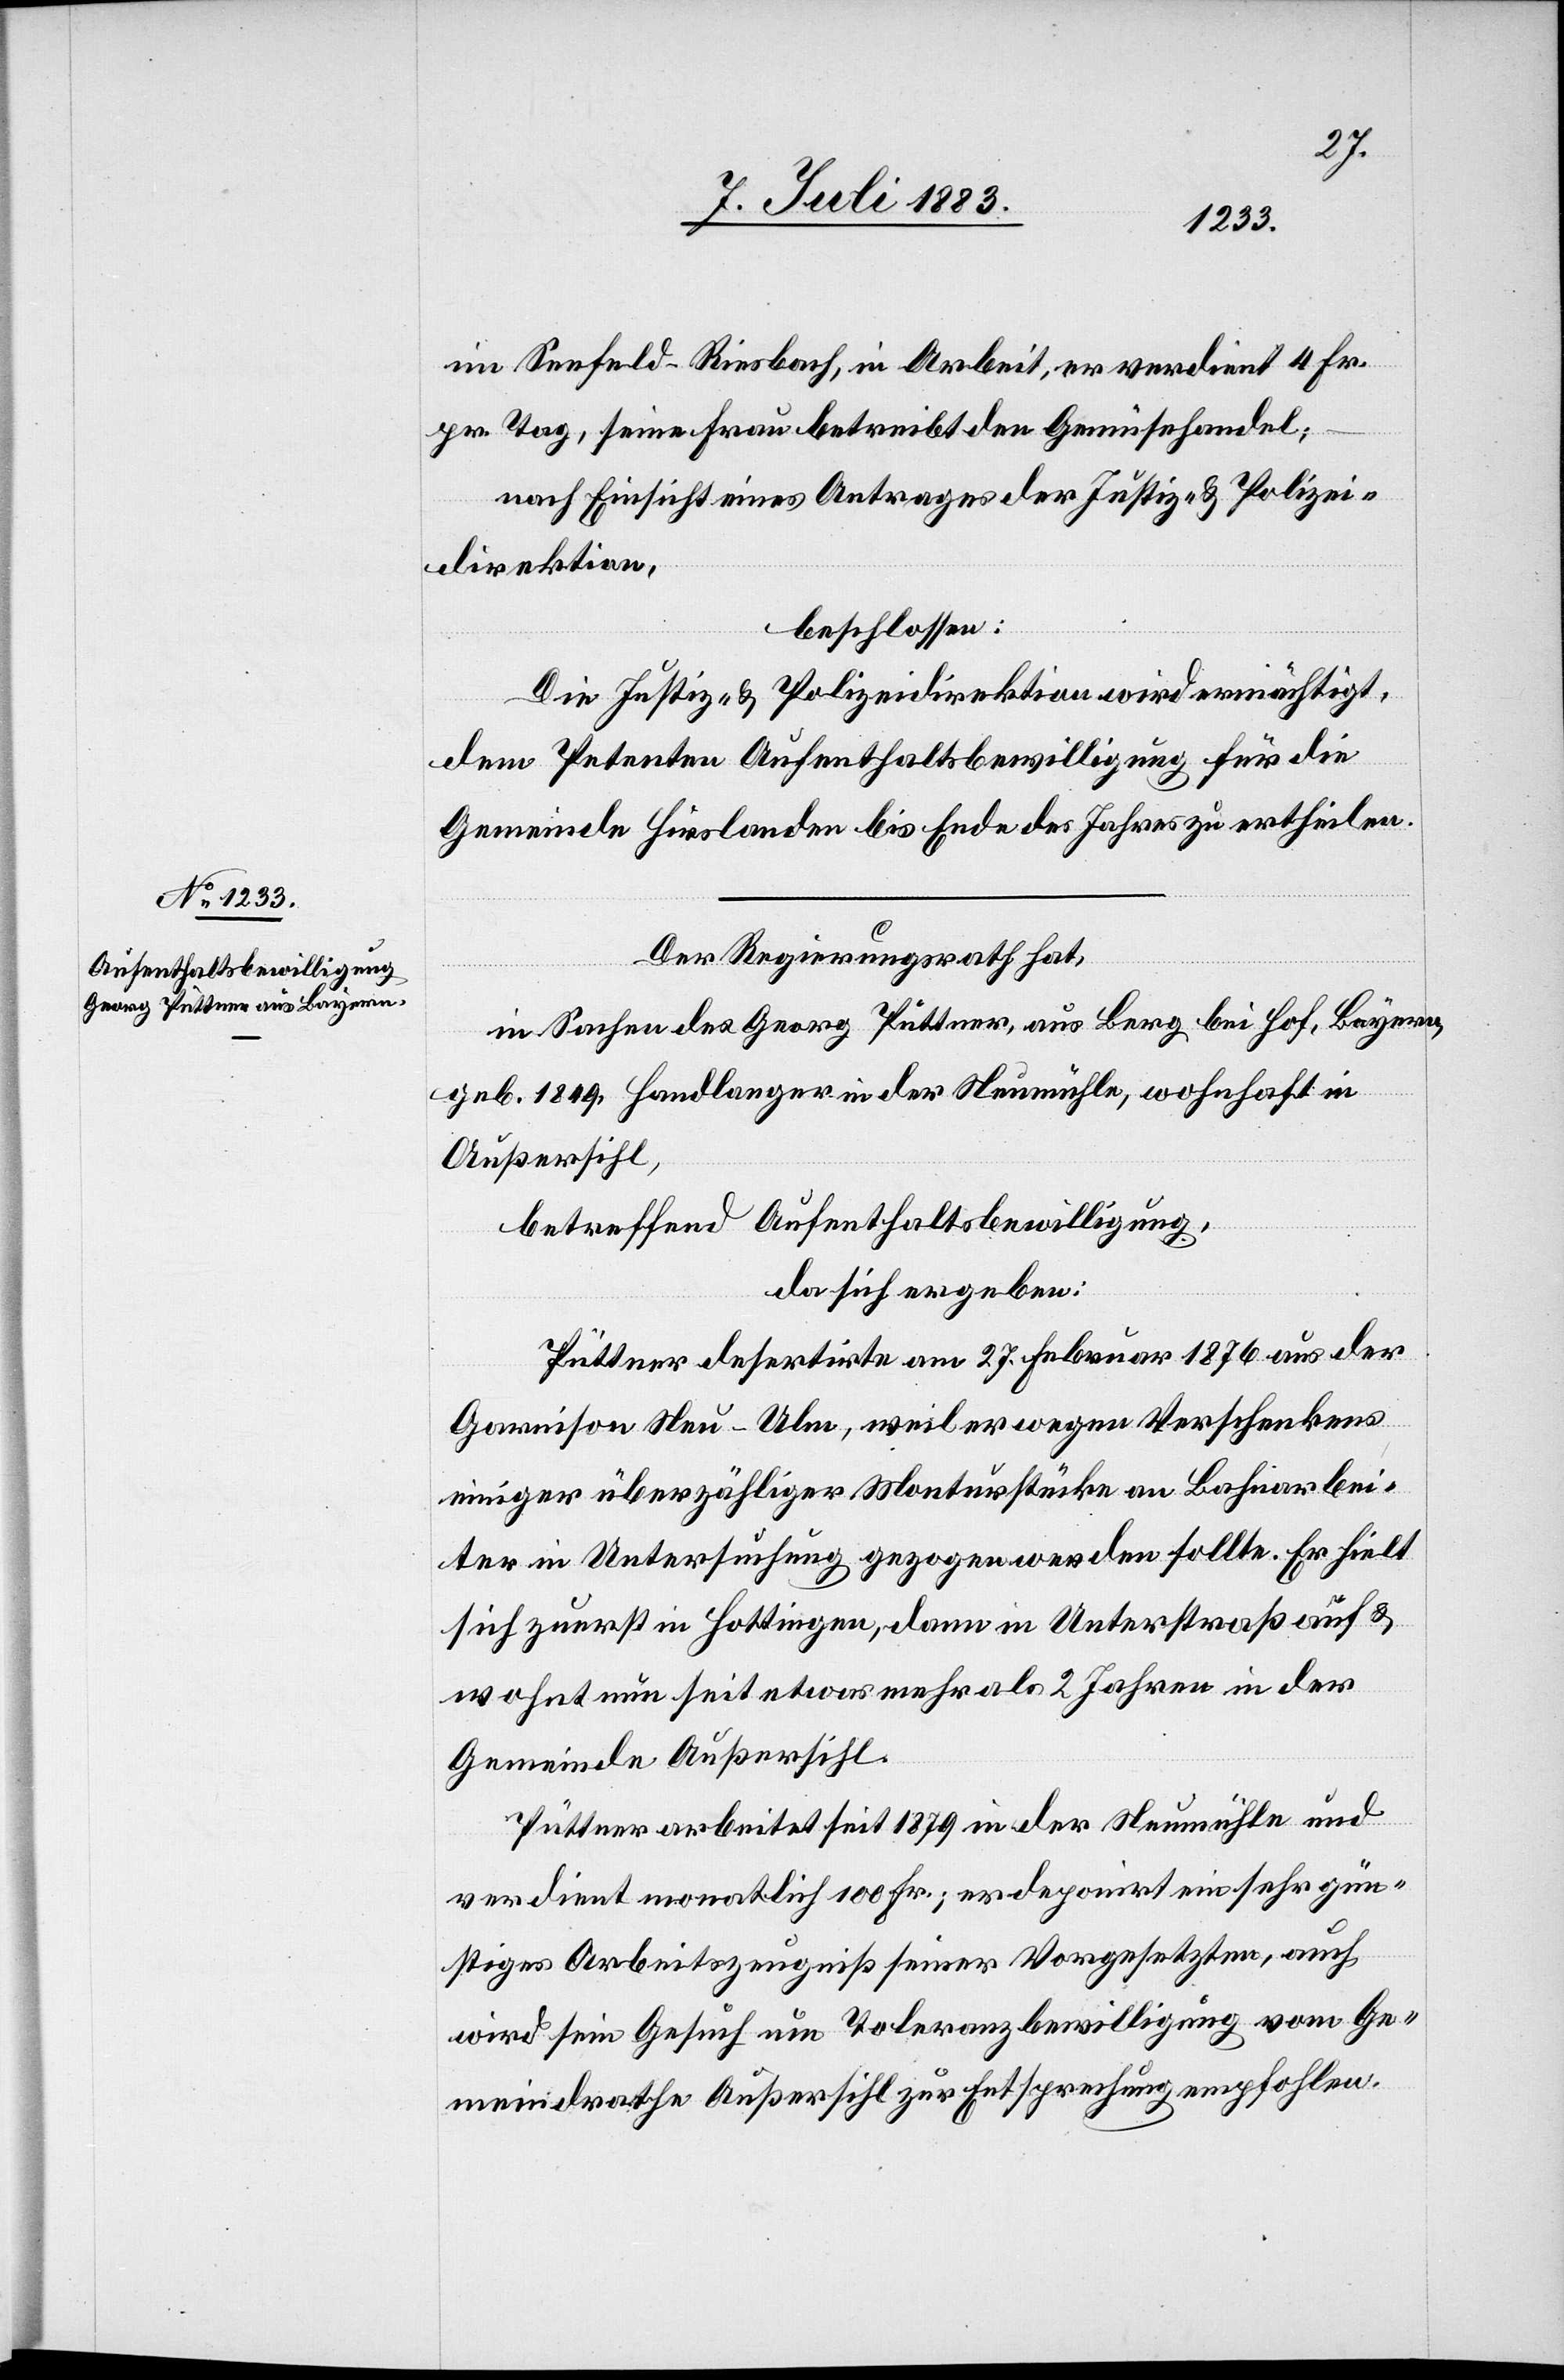
im Seefeld - Riesbach, in Arbeit, er verdient 4 Fr.
pr. Tag, seine Frau betreibt den Gemüsehandel;
nach Einsicht eines Antrages der Justiz- & Polizei¬
direktion,
beschlossen:
Die Justiz- & Polizeidirektion wird ermächtigt,
dem Petenten Aufenthaltsbewilligung für die
Gemeinde Hirslanden bis Ende des Jahres zu ertheilen.
Der Regierungsrath hat,
in Sachen des Georg Püttner, aus Berg bei Hof, Bayern,
geb. 1849, Handlanger in der Neumühle, wohnhaft in
Außersihl,
betreffend Aufenthaltsbewilligung,
da sich ergeben:
Püttner desertirte am 27. Februar 1876 aus der
Garnison Neu-Ulm, weil er wegen Verschenkens
einiger überzähliger Monturstücke an Bahnarbei¬
ter in Untersuchung gezogen werden sollte. Er hielt
sich zuerst in Hottingen, dann in Unterstraß auf &
wohnt nun seit etwas mehr als 2 Jahren in der
Gemeinde Außersihl.
Püttner arbeitet seit 1879 in der Neumühle und
verdient monatlich 100 Fr.; er deponirt ein sehr gün¬
stiges Arbeitszeugniß seiner Vorgesetzten, auch
wird sein Gesuch um Toleranzbewilligung vom Ge¬
meindrathe Außersihl zur Entsprechung empfohlen.